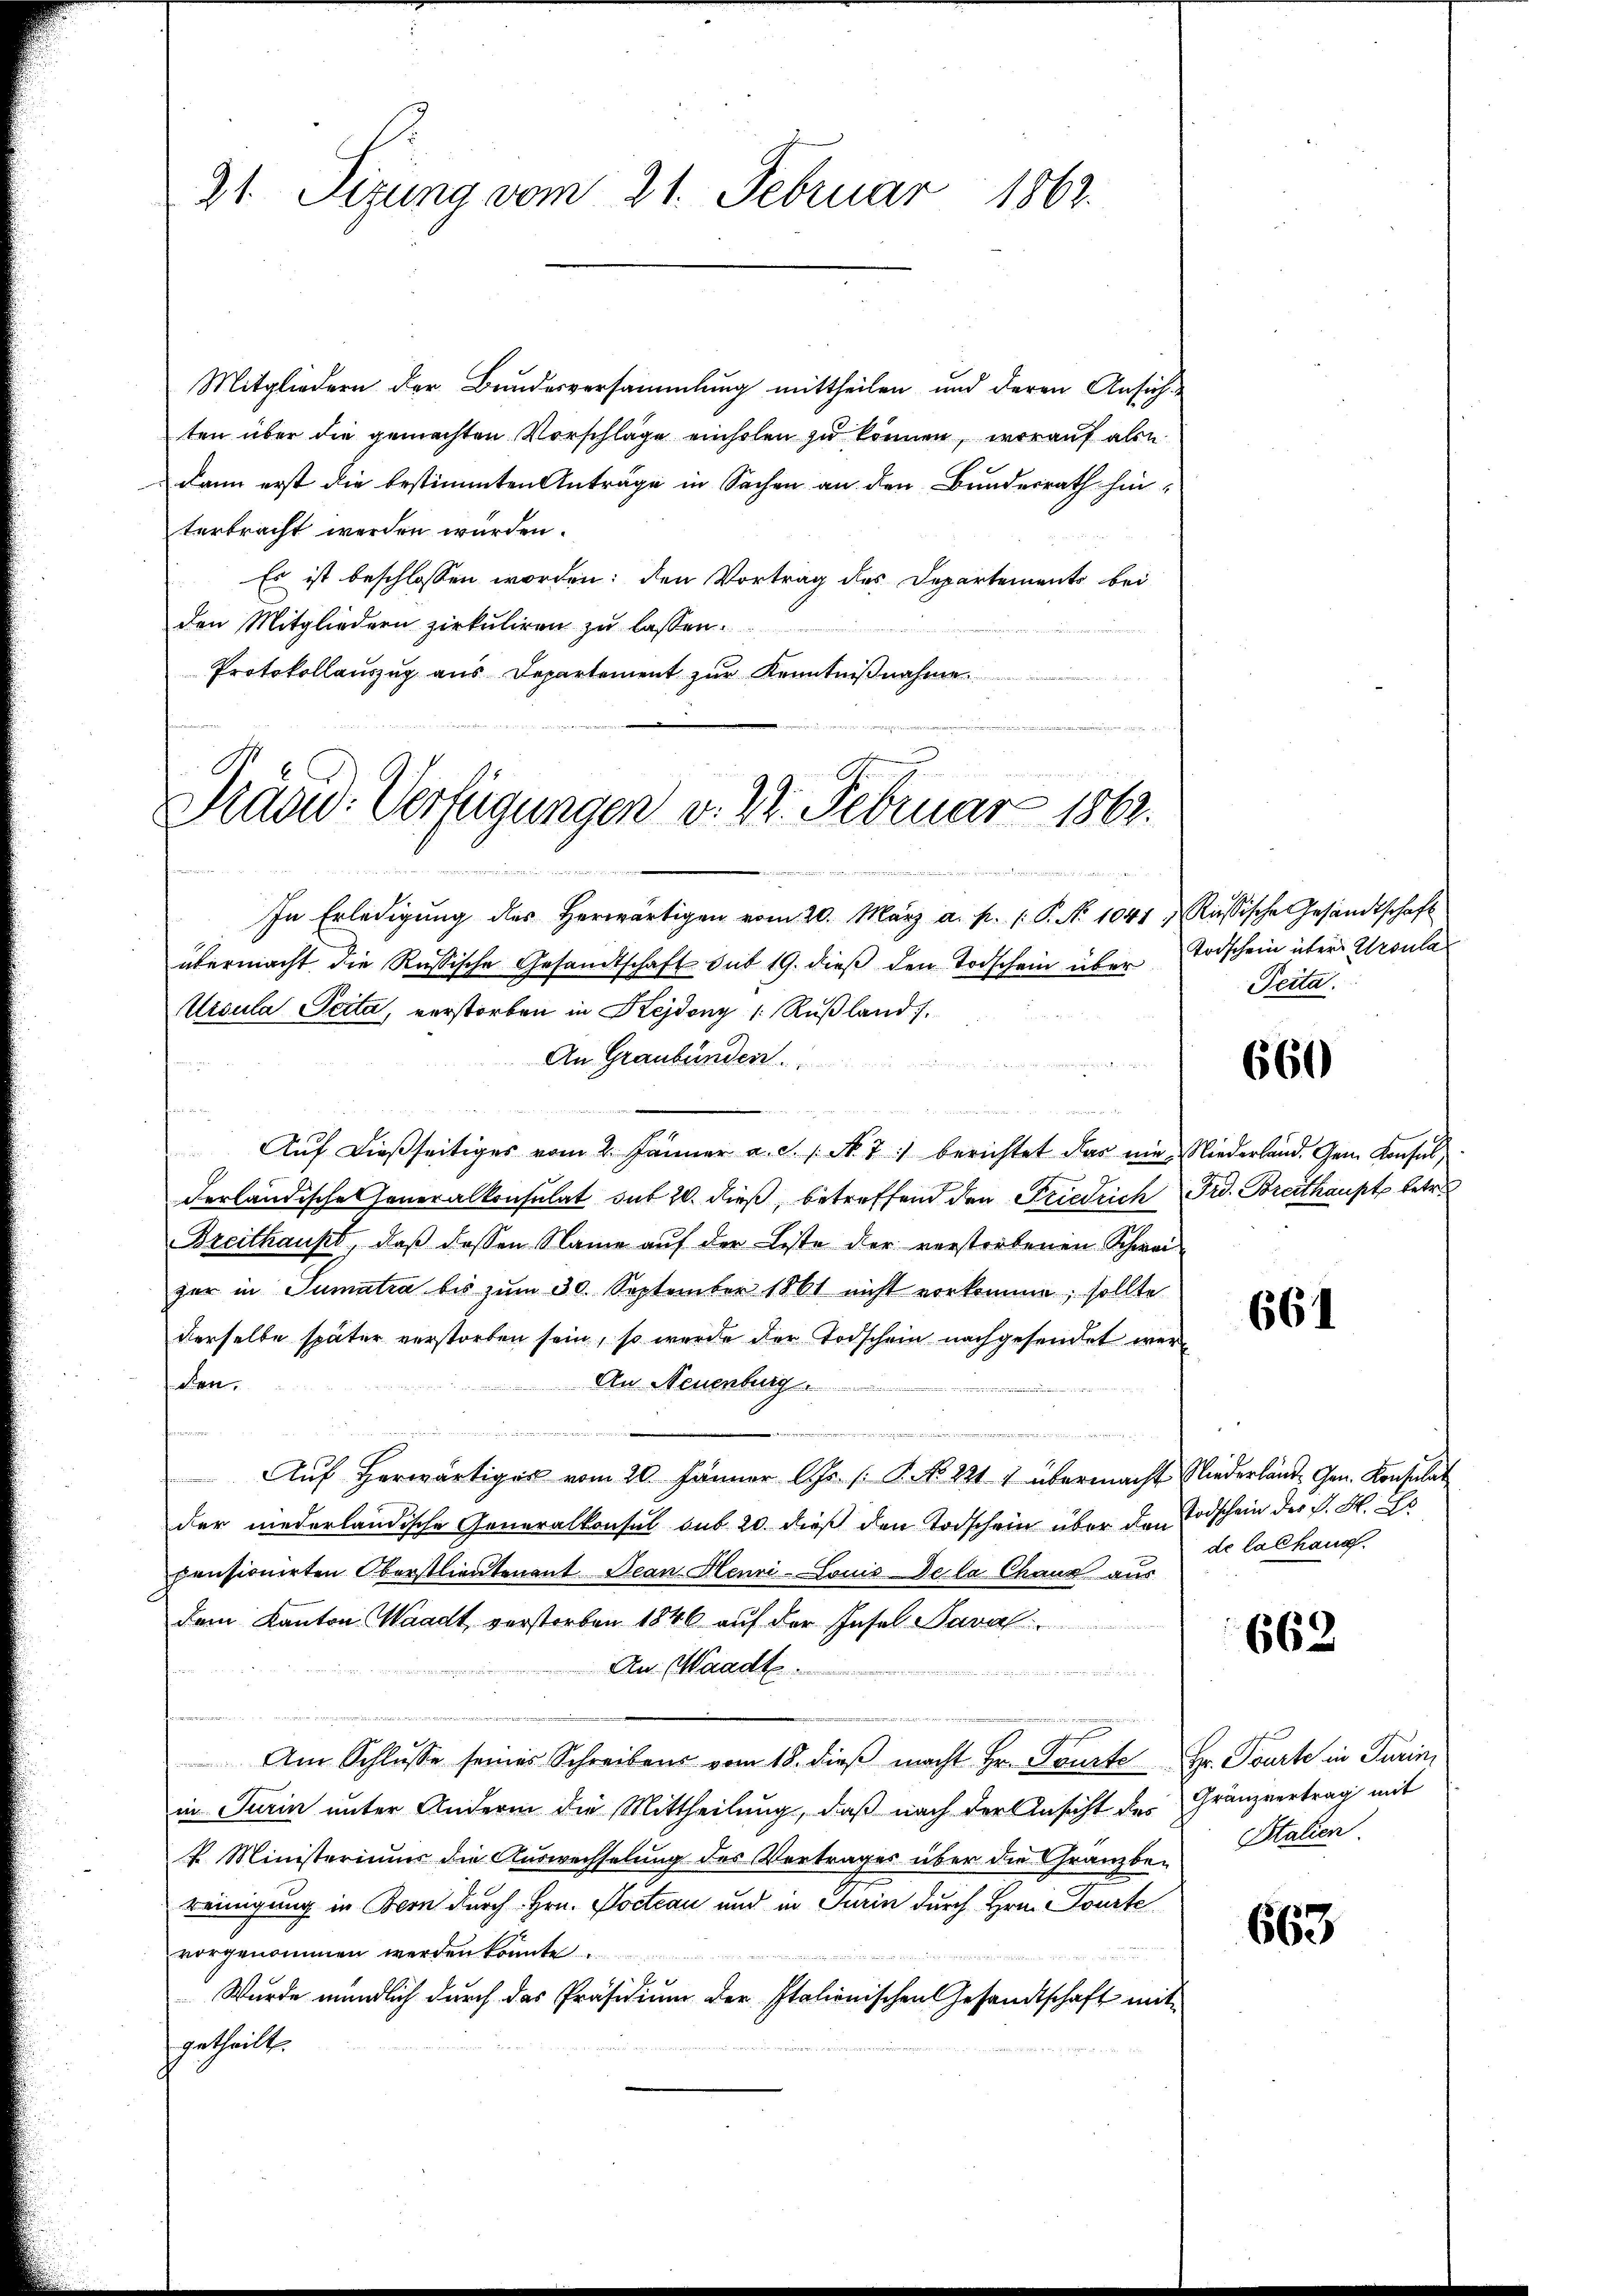
21. Sizung vom 21. Februar 1862.

Pradw. Verfügungen v. 22. Februar 1863.

Mitgliedern der Bundesversammlung mittheilen und deren Ansichten über die gemachten Vorschläge einholen zu können, worauf als
dann erst die bestimmten Anträge in Sachen an den Bundesrath hinterbracht werden würden.
Es ist beschlossen worden; den Vortrag des Departements bei
den Mitgliedern zirkuliren zu lassen.
Protokollauszug aus Departement zur Kenntnißnahme
an

In Erledigŭng des herwärtigen vom 20. März a. p. 1. P. No 1041, Russische Gesandtschaft
übermacht die Russische Gesandtschaft sub 19. dieß den Todschein über
Ursula Peita, verstorben in Kejdony /: Rußland.
An Graubünden.
 .
Auf dießseitiges vom 2. Jänner a. c. s. N. 7) berichtet das ein Niederland. Gem. Konsul
derländische Generalkonsulat sub 20. dieß, betreffend den Friedrich Frd. Breithaupt betr.
Breithaupt, daß dessen Name auf der Liste der verstorbenen Schweizer in Sumatia bis zum 30. September 1861 nicht vorkomme, sollte
derselbe später verstorben sein, so wurde der Todschein nachgesendet werden
An Neuenburg
f

Aŭf herwärtiges vom 20. Jänner Chr. /: P. NNo. 221 7 übermacht Niederlände Gen. Konsulat
der niederländische Generalkonsul sub 20 dieß den Todschein über den
pensionirten Oberstlieutenant Jean Henri-Louis Dela Chaux aus
dem Kanton Waadt verstorben 1846 auf der Insel Paral
An (Waadt.
d
gehung
Am Schlŭsse seines Schreibens vom 18. dieβ macht Hr. Fauste Hr. Tourte in Turin
in Turin unter Andern die Mittheilung, daß nach der Ansicht des Gränzvertrag mit
V. Ministeriums die Auswechselung des Vertrages über die Gränz(...)
reinigung in Bern durch Hrn. Pocteau und in Turin durch Hrn. Tourte
vorgenommen werden könnte
f
Wurde mündlich durch das Präsidium der Italienischen Gesandtschaft mit
getheilt.

n

Vorschein über Ursula
Peita.

660

661

Todschein des P. M. D
de la chang.

662

Stalien.

663